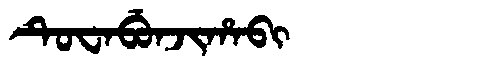
Manchu: ᡨᡠᠸᠠᠪᡠᠨᠵᡳᡥᠠᠪᡳ
Romanization: TUWABUNJIHABI